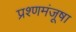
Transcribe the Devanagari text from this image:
प्रश्णमंजूषा